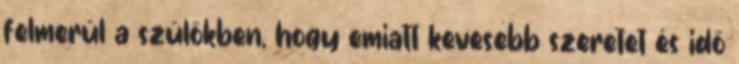
felmerül a szülőkben, hogy emiatt kevesebb szeretet és idő